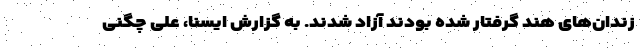
زندان‌های هند گرفتار شده بودند آزاد شدند. به گزارش ایسنا، علی چگنی